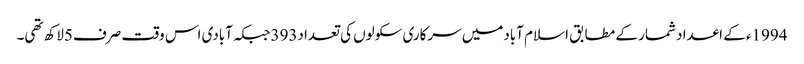
1994ء کے اعداد شمار کے مطابق اسلام آبادمیں سرکاری سکولوں کی تعداد393جبکہ آبادی اس وقت صرف5لاکھ تھی۔